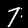
Digit: 7